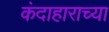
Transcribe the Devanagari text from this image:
कंदाहाराच्या